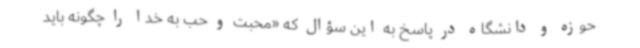
حوزه و دانشگاه در پاسخ به این سؤال که «محبت و حب به خدا را چگونه باید